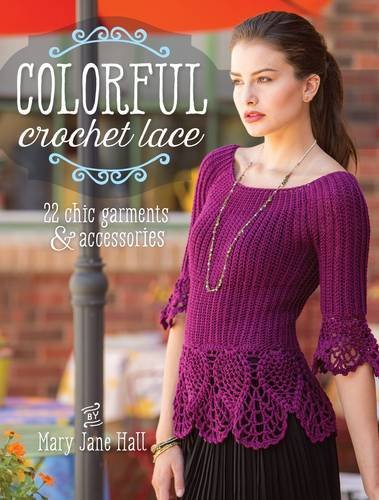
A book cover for Colorful Crochet Lace: 22 Chic Garments & Accessories; Mary Jane Hall; Crafts, Hobbies & Home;